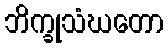
ဘိက္ခုသံဃတော